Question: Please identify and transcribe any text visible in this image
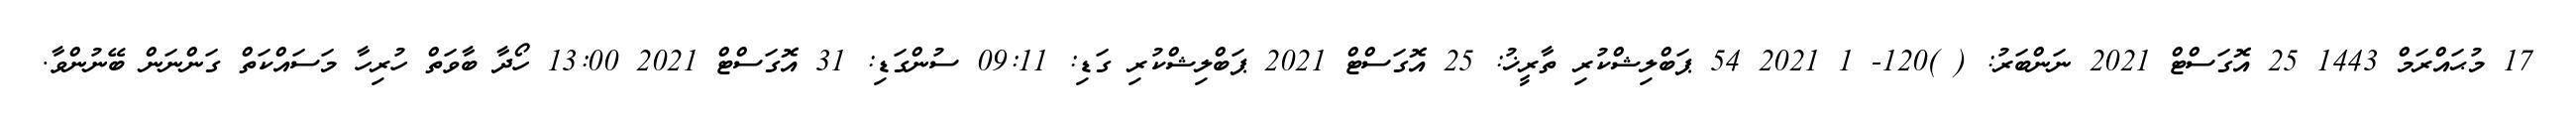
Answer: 17 މުޙައްރަމް 1443 25 އޮގަސްޓް 2021 ނަންބަރު: ( )120- 1 2021 54 ޕަބްލިޝްކުރި ތާރީޚު: 25 އޮގަސްޓް 2021 ޕަބްލިޝްކުރި ގަޑި: 09:11 ސުންގަޑި: 31 އޮގަސްޓް 2021 13:00 ހޯދާ ބާވަތް ހުރިހާ މަސައްކަތް ގަންނަން ބޭނުންވާ.